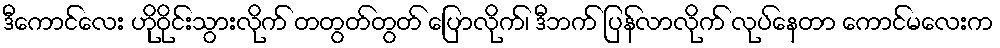
ဒီကောင်လေး ဟိုဝိုင်းသွားလိုက် တတွတ်တွတ် ပြောလိုက်၊ ဒီဘက် ပြန်လာလိုက် လုပ်နေတာ ကောင်မလေးက